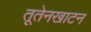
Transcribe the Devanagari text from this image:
तूतेनखाटन